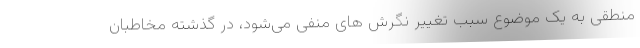
منطقی به یک موضوع سبب تغییر نگرش های منفی می‌شود، در گذشته مخاطبان